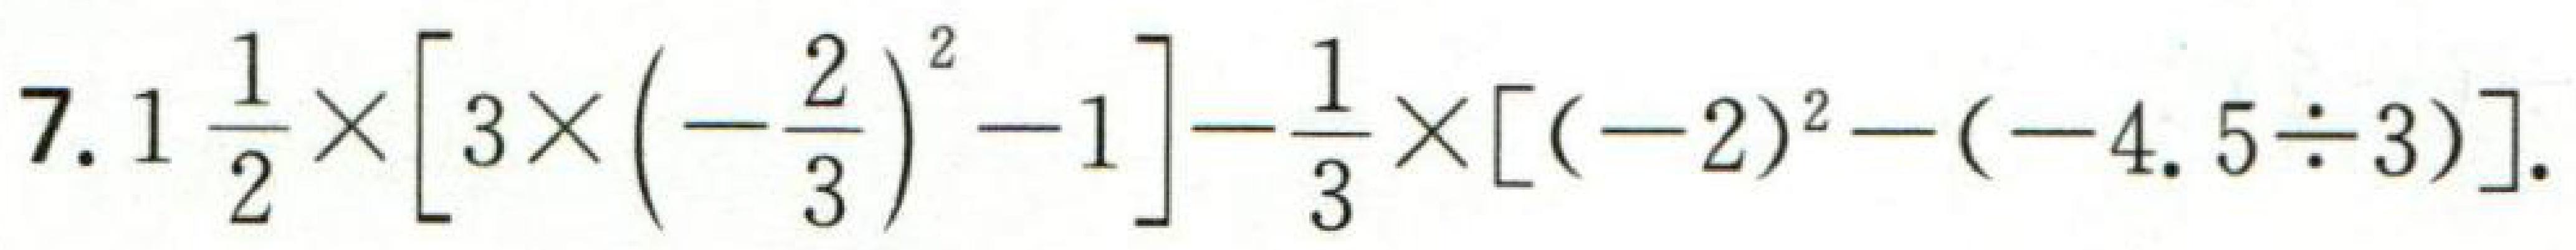
\(7.1\frac{1}{2}\times\left[3\times\left(-\frac{2}{3}\right)^{2}-1\right]-\frac{1}{3}\times\left[(-2)^{2}-(-4.5\div3)\right]\)